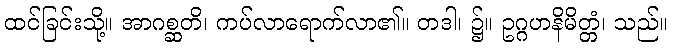
ထင်ခြင်းသို့။ အာဂစ္ဆတိ၊ ကပ်လာရောက်လာ၏။ တဒါ၊ ၌။ ဥဂ္ဂဟနိမိတ္တံ၊ သည်။